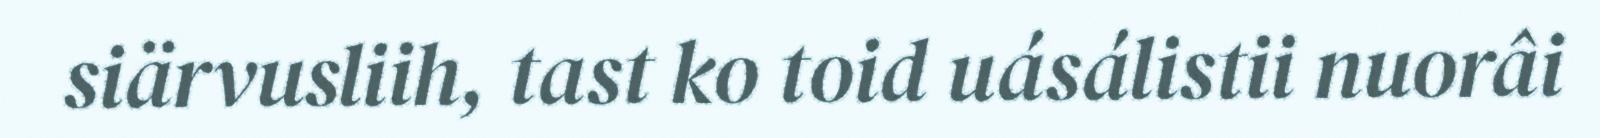
siärvusliih, tast ko toid uásálistii nuorâi